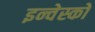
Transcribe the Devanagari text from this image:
इन्वेस्को